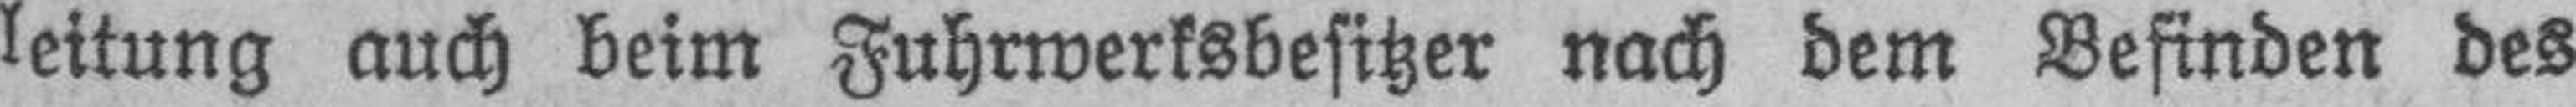
leitung auch beim Fuhrwerksbesitzer nach dem Befinden des